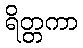
ရိတ္တကာ